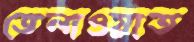
তেলাওয়াত